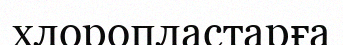
хлоропластарға